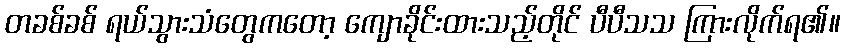
တခစ်ခစ် ရယ်သွားသံတွေကတော့ ကျောခိုင်းထားသည့်တိုင် ပီပီသသ ကြားလိုက်ရ၏။